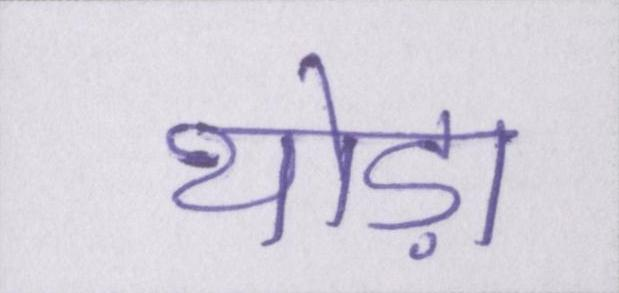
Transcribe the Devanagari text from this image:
थोड़ा